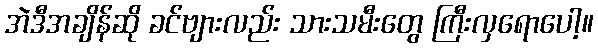
အဲဒီအချိန်ဆို ခင်ဗျားလည်း သားသမီးတွေ ကြီးလှရောပေါ့။